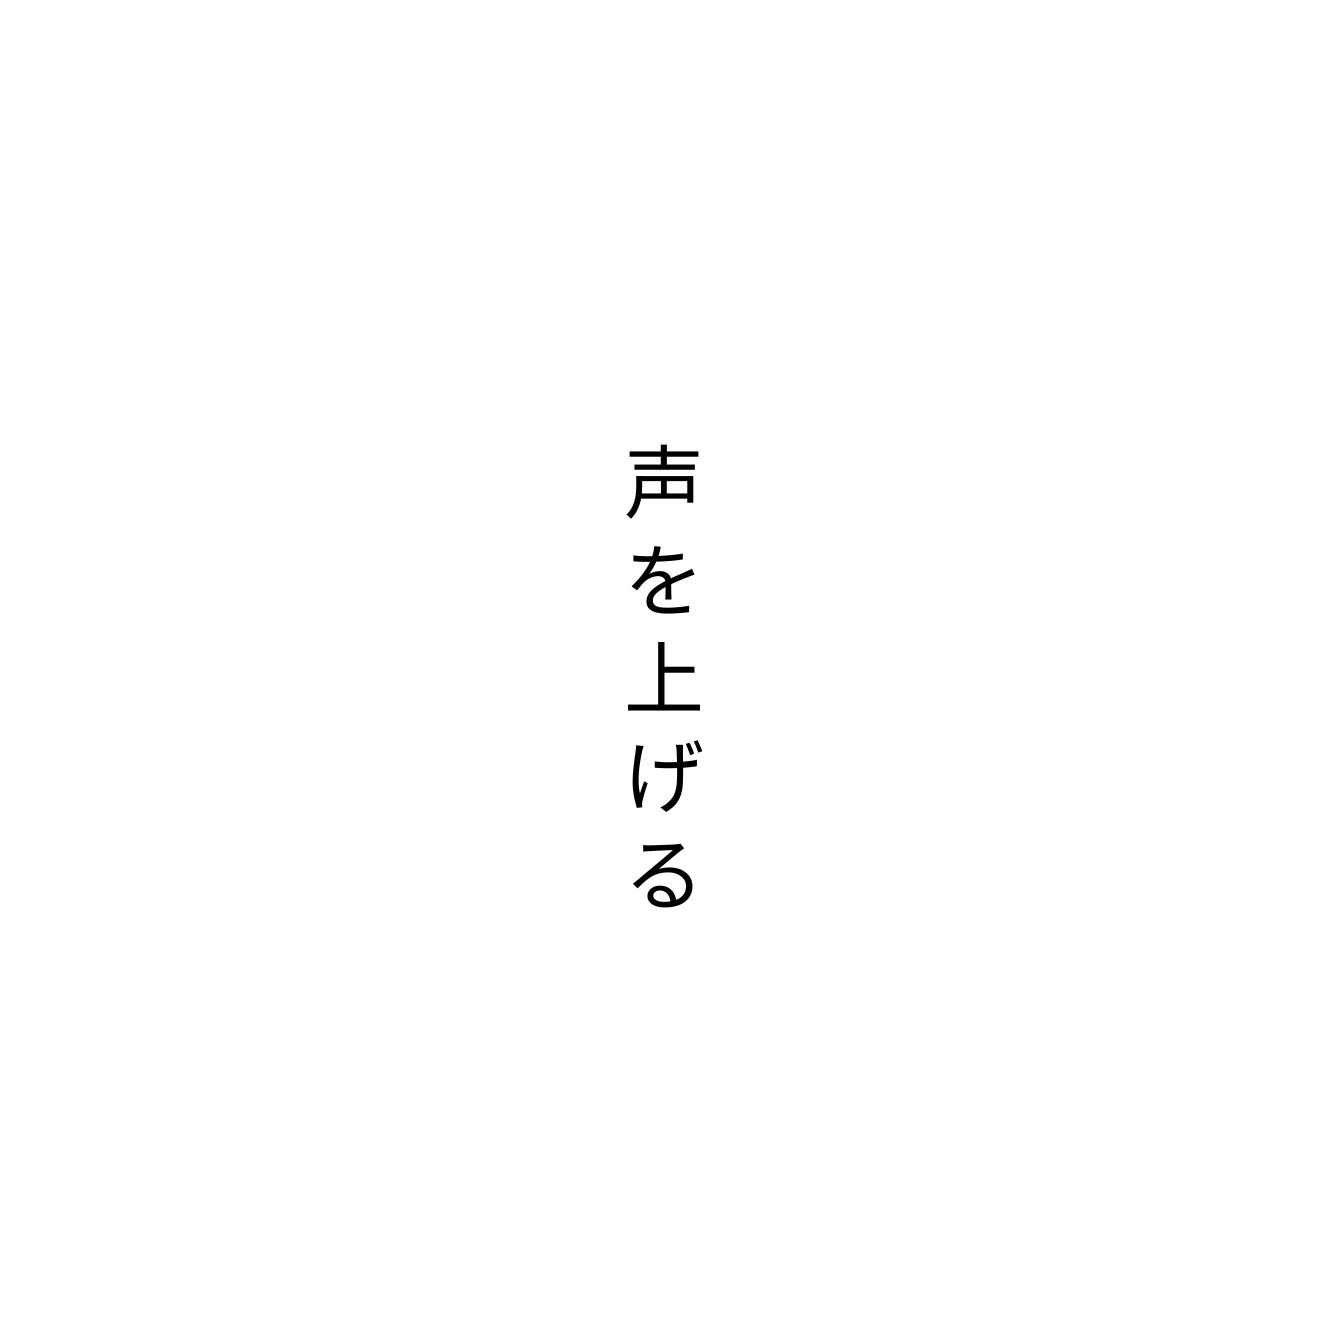
声を上げる